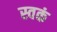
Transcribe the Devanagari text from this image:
स्वकं